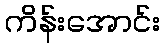
ကိန်းအောင်း